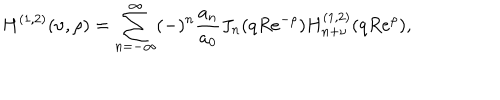
LaTeX: H ^ { ( 1 , 2 ) } ( \nu , \rho ) = \sum _ { n = - \infty } ^ { \infty } ( - ) ^ { n } { \frac { a _ { n } } { a _ { 0 } } } J _ { n } ( q R e ^ { - \rho } ) H _ { n + \nu } ^ { ( 1 , 2 ) } ( q R e ^ { \rho } ) ,